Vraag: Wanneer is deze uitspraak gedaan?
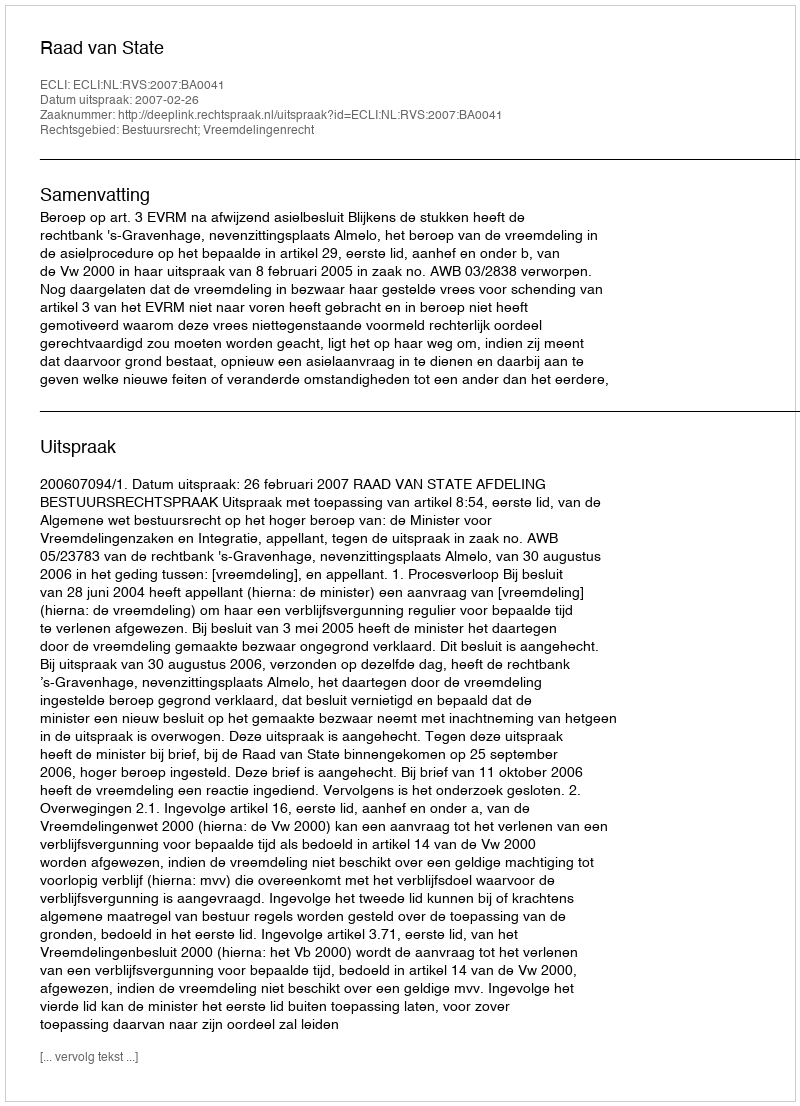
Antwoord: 2007-02-26